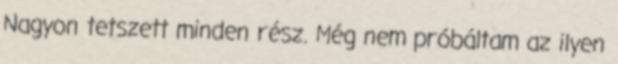
Nagyon tetszett minden rész. Még nem próbáltam az ilyen